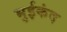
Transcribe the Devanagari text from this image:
भुईकंद